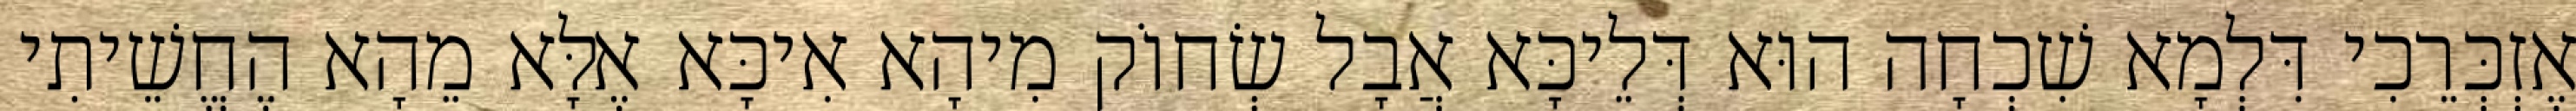
אֶזְכְּרֵכִי דִּלְמָא שִׁכְחָה הוּא דְּלֵיכָּא אֲבָל שְׂחוֹק מִיהָא אִיכָּא אֶלָּא מֵהָא הֶחֱשֵׁיתִי